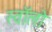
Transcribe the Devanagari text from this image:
स्वॉलो